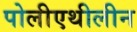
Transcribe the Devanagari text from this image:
पोलीएथीलीन